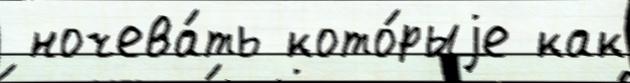
 ночева́ть кото́рыjе как